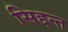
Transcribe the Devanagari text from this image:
सिद्दन्त